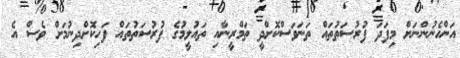
އަންހެނުންނަށް މިފަދަ ފުރުސަތުތައް ތަނަވަސްކޮށްދީ ތަމްރީނާއި ތައުލީމުގެ ފުރުސަތުތައް ފަހިކޮށްދިނުމަށް ވެސް އެ